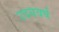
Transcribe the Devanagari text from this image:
उदयवर्ष